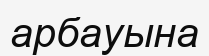
арбауына